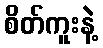
စိတ်ကူးနဲ့